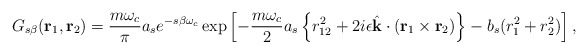
\begin{align*}G_{s \beta } ( {\rm\bf r}_{1}, {\rm\bf r}_{2}) = { {m \omega_c} \over \pi} a_s e^{-s\beta \omega_c} \exp \left [ - { {m \omega_c} \over 2} a_s \left \{ r_{12}^2+2 i \epsilon \hat{\rm\bf k} \cdot ( {\rm\bf r}_{1} \times {\rm\bf r}_{2}) \right \} - b_s (r_1^2+r_2^2) \right ] ,\end{align*}